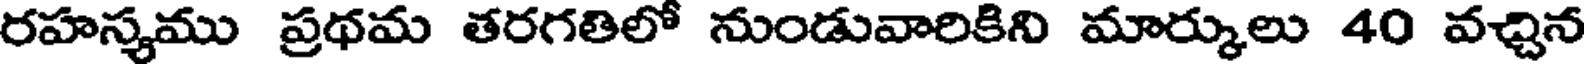
రహస్యము ప్రథమ తరగతిలో నుండువారికిని మార్కులు 40 వచ్చిన